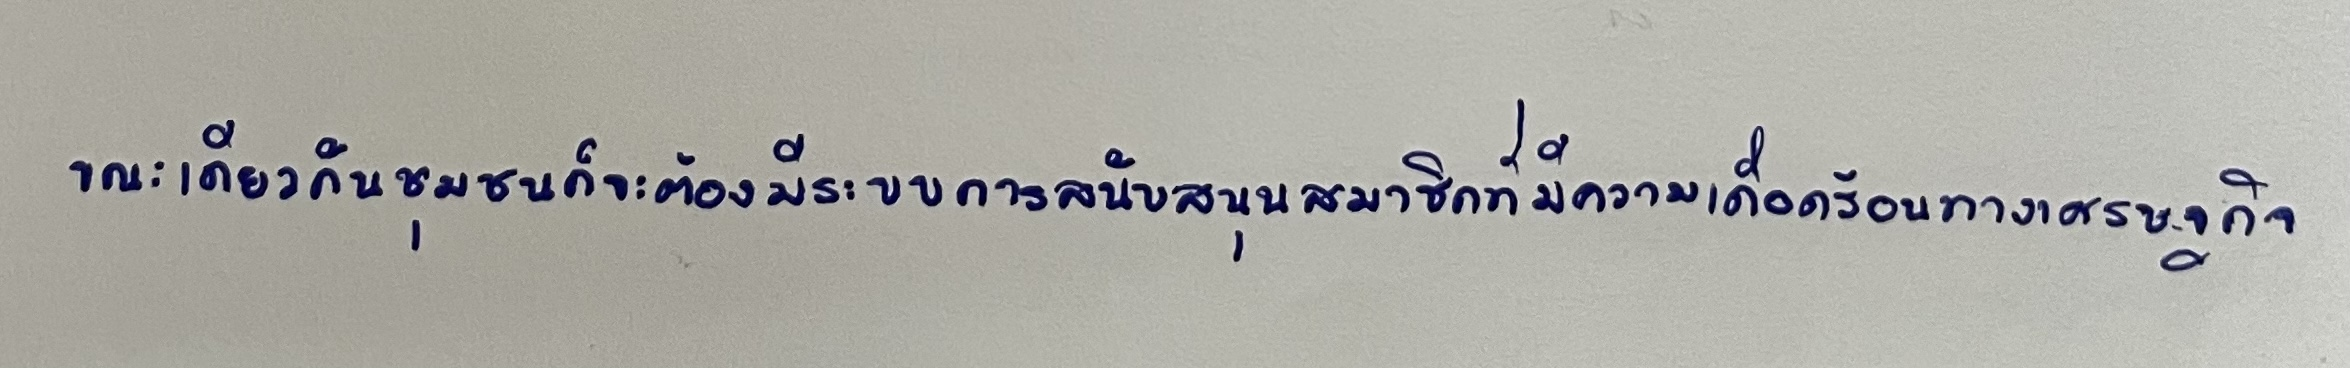
ขณะเดียวกันชุมชนก็จะต้องมีระบบการสนับสนุนสมาชิกที่มีความเดือดร้อนทางเศรษฐกิจ